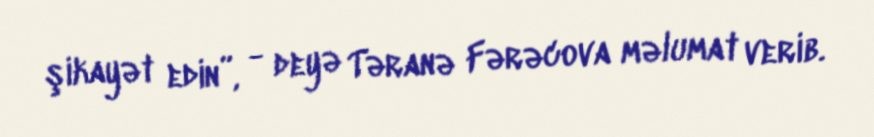
şikayət edin”, - deyə Təranə Fərəcova məlumat verib.